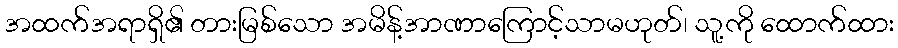
အထက်အရာရှိ၏ တားမြစ်သော အမိန့်အာဏာကြောင့်သာမဟုတ်၊ သူ့ကို ထောက်ထား